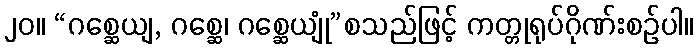
၂၀။ “ဂစ္ဆေယျ, ဂစ္ဆေ၊ ဂစ္ဆေယျုံ”စသည်ဖြင့် ကတ္တုရုပ်ဂိုဏ်းစဉ်ပါ။